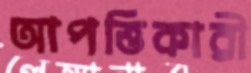
আপত্তিকারী